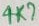
Text: 4K7